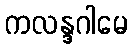
ကလန္ဒဂါမေ